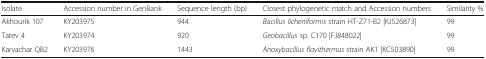
| Isolate | Accession number in GenBank | Sequence length (bp) | Closest phylogenetic match and Accession numbers | Similarity % |
 | --- | --- | --- | --- | --- |
 | Akhourik 107 | KY203975 | 944 | Bacillus licheniformis strain HT-Z71-B2 |KJ526873| | 99 |
 | Tatev 4 | KY203974 | 920 | Geobacillus sp. C170 |FJ848022| | 99 |
 | Karvachar QB2 | KY203976 | 1443 | Anoxybacillus flavithermus strain AK1 |KC503890| | 99 |